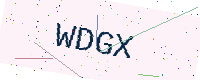
Text: WDGX